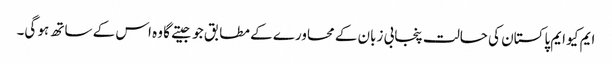
ایم کیو ایم پاکستان کی حالت پنجابی زبان کے محاورے کے مطابق جو جیتے گا وہ اس کے ساتھ ہو گی۔